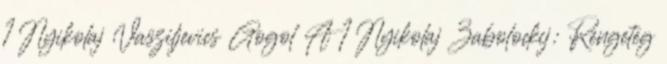
1 Nyikolaj Vasziljevics Gogol A 1 Nyikolaj Zabolockij: Rengeteg